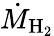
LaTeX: \dot{M}_{\mathrm{H}_{2}}